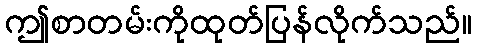
ဤစာတမ်းကိုထုတ်ပြန်လိုက်သည်။